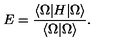
E = \frac { \langle \Omega | H | \Omega \rangle } { \langle \Omega | \Omega \rangle } .